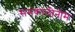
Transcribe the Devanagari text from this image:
समकालीनोम